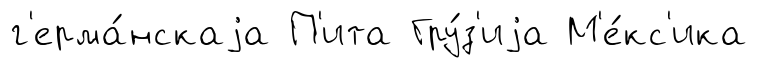
г'ерма́нскаjа П'ита Гру́з'иjа М'е́кс'ика